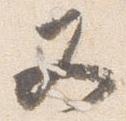
又